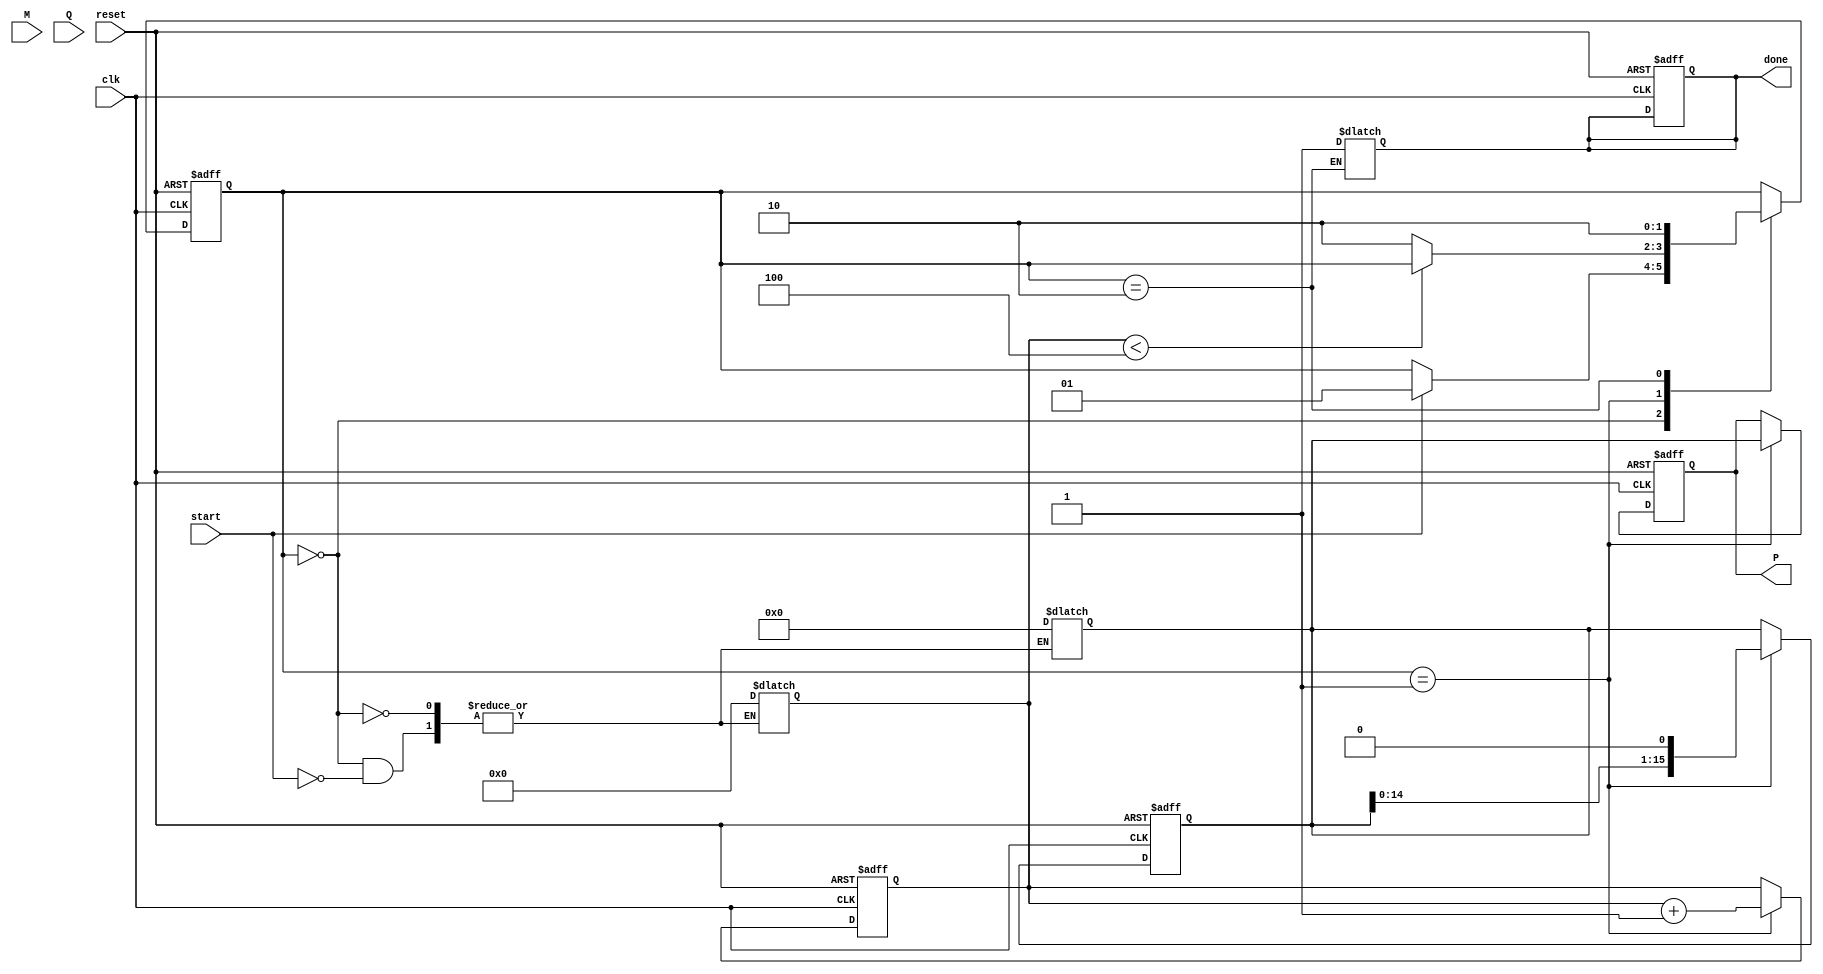
module radix4_multiplier #(
    parameter N = 8 // Bit-width of multiplicand and multiplier
)(
    input wire [N-1:0] M,       // Multiplicand
    input wire [N-1:0] Q,       // Multiplier
    input wire start,           // Start signal
    input wire clk,             // Clock signal
    input wire reset,           // Reset signal
    output reg [2*N-1:0] P,     // Product output
    output reg done             // Done signal
);

    reg [N:0] Q_reg;           // Register to hold Q and Qi-1
    reg [N:0] M_reg;           // Register to hold M
    reg [2*N-1:0] partial;     // Partial products
    reg [3:0] count;           // Count for the number of cycles
    reg [1:0] action;          // Action based on Booth's encoding

    // Booth's encoding state
    localparam IDLE = 2'b00, PROCESS = 2'b01, DONE = 2'b10;
    reg [1:0] state, next_state;

    // Initialize registers
    always @(posedge clk or posedge reset) begin
        if (reset) begin
            P <= 0;
            partial <= 0;
            Q_reg <= 0;
            M_reg <= 0;
            count <= 0;
            done <= 0;
            state <= IDLE;
        end else begin
            state <= next_state;
            if (state == PROCESS) begin
                // Update partial product based on Booth's encoding
                case (action)
                    2'b01: // QiQi-1 = 01
                        partial <= partial + (M_reg << (count * 2)); // Add M
                    2'b10: // QiQi-1 = 10
                        partial <= partial - (M_reg << (count * 2)); // Subtract M
                    default: ; // Do nothing for 00 and 11
                endcase

                // Shift based on Booth's encoding
                P <= partial;
                Q_reg <= {Q_reg[N-1:0], 1'b0}; // Shift Q_reg left
                partial <= partial << 1; // Shift partial left
                count <= count + 1; // Increment cycle count
            end
        end
    end

    // Next state logic and action determination
    always @(*) begin
        // Default assignments
        next_state = state;
        action = 2'b00; // Idle

        case (state)
            IDLE: begin
                if (start) begin
                    Q_reg <= {1'b0, Q}; // Extend Q for Qi-1 bit
                    M_reg <= M;
                    count <= 0;
                    partial <= 0;
                    next_state = PROCESS;
                end
            end
            PROCESS: begin
                if (count < (N/2)) begin
                    // Determine action based on Qi and Qi-1
                    action = {Q_reg[1], Q_reg[0]}; // QiQi-1 bits
                end else begin
                    next_state = DONE; // Transition to done state
                end
            end
            DONE: begin
                done = 1; // Set done signal
                next_state = DONE; // Remain in done state
            end
        endcase
    end

endmodule